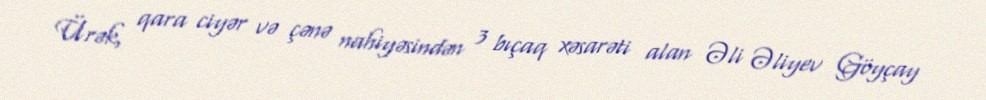
Ürək, qara ciyər və çənə nahiyəsindən 3 bıçaq xəsarəti alan Əli Əliyev Göyçay